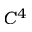
C ^ { 4 }